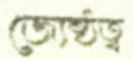
জ্যেষ্ঠত্ব